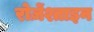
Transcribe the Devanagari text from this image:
रोज़ेंश्ताइन